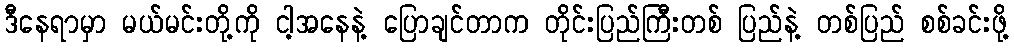
ဒီနေရာမှာ မယ်မင်းတို့ကို ငါ့အနေနဲ့ ပြောချင်တာက တိုင်းပြည်ကြီးတစ် ပြည်နဲ့ တစ်ပြည် စစ်ခင်းဖို့